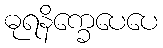
ဓုရနိက္ခေပေပေ